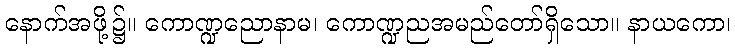
နောက်အဖို့၌။ ကောဏ္ဍညောနာမ၊ ကောဏ္ဍညအမည်တော်ရှိသော။ နာယကော၊